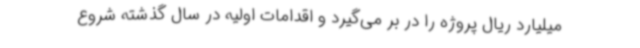
میلیارد ریال پروژه را در بر می‌گیرد و اقدامات اولیه در سال گذشته شروع